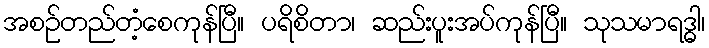
အစဉ်တည်တံ့စေကုန်ပြီ။ ပရိစိတာ၊ ဆည်းပူးအပ်ကုန်ပြီ။ သုသမာရဒ္ဓါ၊